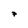
Character: 7